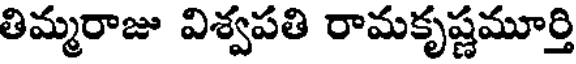
తిమ్మరాజు విశ్వపతి రామకృష్ణమూర్తి